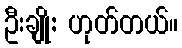
ဦးချို: ဟုတ်တယ်။